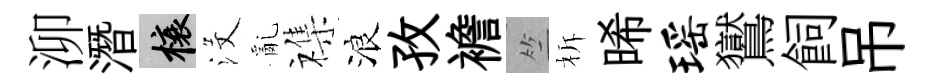
泖潛榱沒亂襍浪孜襜竺柝晞瑶鸑飼吊